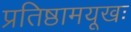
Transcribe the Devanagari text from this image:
प्रतिष्ठामयूखः